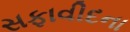
સફાવીદના